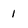
Character: 1